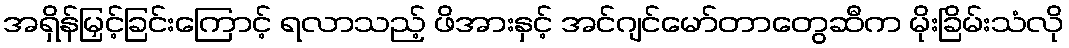
အရှိန်မြှင့်ခြင်းကြောင့် ရလာသည့် ဖိအားနှင့် အင်ဂျင်မော်တာတွေဆီက မိုးခြိမ်းသံလို